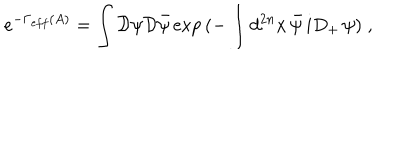
e ^ { - \Gamma _ { e f f } ( A ) } = \int { \cal D } \psi { \cal D } \bar { \psi } \exp { ( - \int d ^ { 2 n } x \, \bar { \psi } \, i D _ { + } \, \psi ) } \; ,